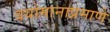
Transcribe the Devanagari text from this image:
वयोमानाप्रमाणे